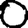
Digit: 0